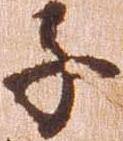
子